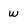
Character: w